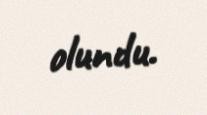
olundu.